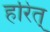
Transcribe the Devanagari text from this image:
हरित्‌